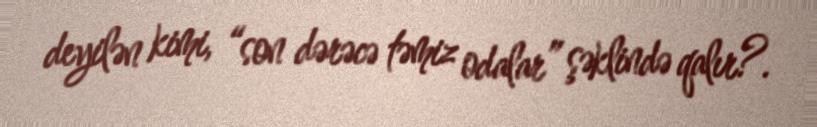
deyilən kimi, “son dərəcə təmiz odalar” şəklində qalır?.